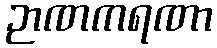
ဉာဏကရဏာ